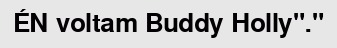
ÉN voltam Buddy Holly"."